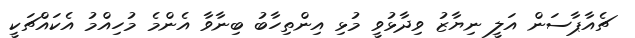
ޗެއާޕާސަން އަލީ ނިޔާޒު ވިދާޅުވީ މުޅި އިންތިހާބު ބިނާވާ އެންމެ މުހިއްމު އެކައްޗަކީ